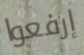
إرفعوا